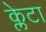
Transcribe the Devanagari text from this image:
क्लेटा